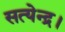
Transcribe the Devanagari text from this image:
सत्येन्द्र।